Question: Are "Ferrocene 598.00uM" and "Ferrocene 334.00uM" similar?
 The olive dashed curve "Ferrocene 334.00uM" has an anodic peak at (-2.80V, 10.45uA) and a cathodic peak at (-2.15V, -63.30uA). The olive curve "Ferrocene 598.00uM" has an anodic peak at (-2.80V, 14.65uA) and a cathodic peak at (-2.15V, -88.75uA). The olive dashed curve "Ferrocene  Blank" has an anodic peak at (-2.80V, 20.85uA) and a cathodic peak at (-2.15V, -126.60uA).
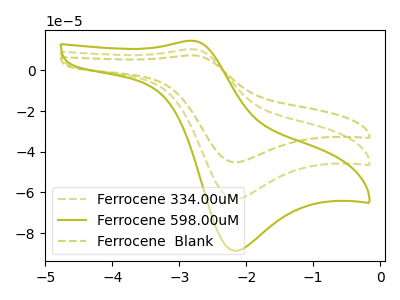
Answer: <think>All the peaks in "Ferrocene 598.00uM" have a peak in "Ferrocene 334.00uM" at the same potential. Every peak in "Ferrocene 598.00uM" is higher than every peak in "Ferrocene 334.00uM".
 </think>
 <answer>"Ferrocene 598.00uM" and "Ferrocene 334.00uM" are similar in shape.</answer>
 <eval>same_shape</eval>